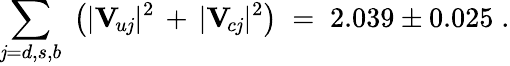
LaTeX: \sum_{\mathit{j}=d,s,b}\; \left(|\mathbf{{V}}_{\! u\mathit{j}}|^{2}\, +\, |\mathbf{{V}}_{\! c\mathit{j}}|^{2}\right)\; =\; 2.039\pm0.025\; .